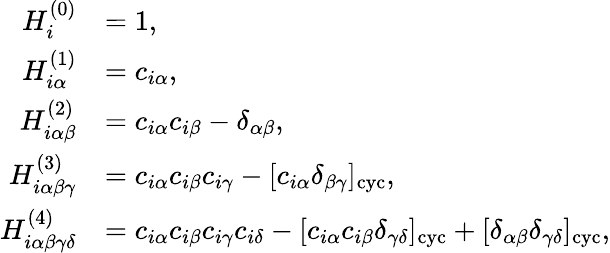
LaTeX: \begin{array}{rl}{H_{i}^{(0)}}&{=1,}\\ {H_{i\alpha}^{(1)}}&{=c_{i\alpha},}\\ {H_{i\alpha\beta}^{(2)}}&{=c_{i\alpha}c_{i\beta}-\delta_{\alpha\beta},}\\ {H_{i\alpha\beta\gamma}^{(3)}}&{=c_{i\alpha}c_{i\beta}c_{i\gamma}-[c_{i\alpha}\delta_{\beta\gamma}]_{\mathrm{cyc}},}\\ {H_{i\alpha\beta\gamma\delta}^{(4)}}&{=c_{i\alpha}c_{i\beta}c_{i\gamma}c_{i\delta}-[c_{i\alpha}c_{i\beta}\delta_{\gamma\delta}]_{\mathrm{cyc}}+[\delta_{\alpha\beta}\delta_{\gamma\delta}]_{\mathrm{cyc}},}\end{array}